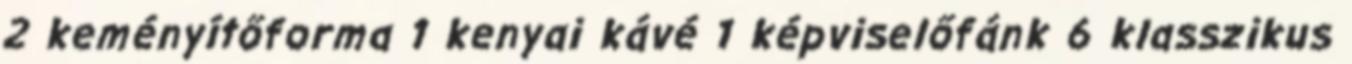
2 keményítőforma 1 kenyai kávé 1 képviselőfánk 6 klasszikus